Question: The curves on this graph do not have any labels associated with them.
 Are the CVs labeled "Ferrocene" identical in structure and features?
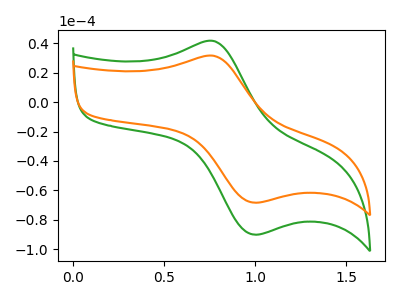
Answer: <think>The green curve "green" has an anodic peak at (0.75V, 41.60uA) and a cathodic peak at (1.00V, -90.15uA). The orange curve "orange" has an anodic peak at (0.75V, 31.55uA) and a cathodic peak at (1.00V, -68.40uA).
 All the peaks in "green" have a peak in "orange" at the same potential. Every peak in "green" is higher than every peak in "orange".</think>
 <answer>All the CV's of "Ferrocene" have similar shape.</answer>
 <eval>follow_rule</eval>